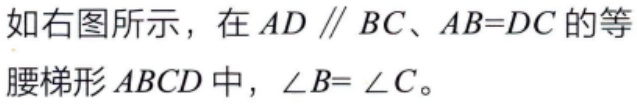
如右图所示，在 \(AD \parallel BC\)、\(AB = DC\) 的等腰梯形 \(ABCD\) 中，\(\angle B=\angle C\)。